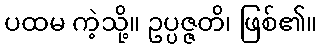
ပထမ ကဲ့သို့။ ဥပ္ပဇ္ဇတိ၊ ဖြစ်၏။